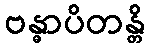
ဗန္ဓာပိတန္တိ